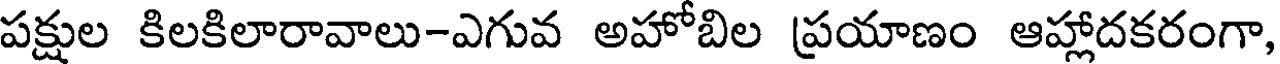
పక్షుల కిలకిలారావాలు-ఎగువ అహోబిల ప్రయాణం ఆహ్లాదకరంగా,